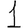
Digit: 1